NAE_ERA_R-1765_ENSV_Kirjanike_Liit_1945-1955, lk 22
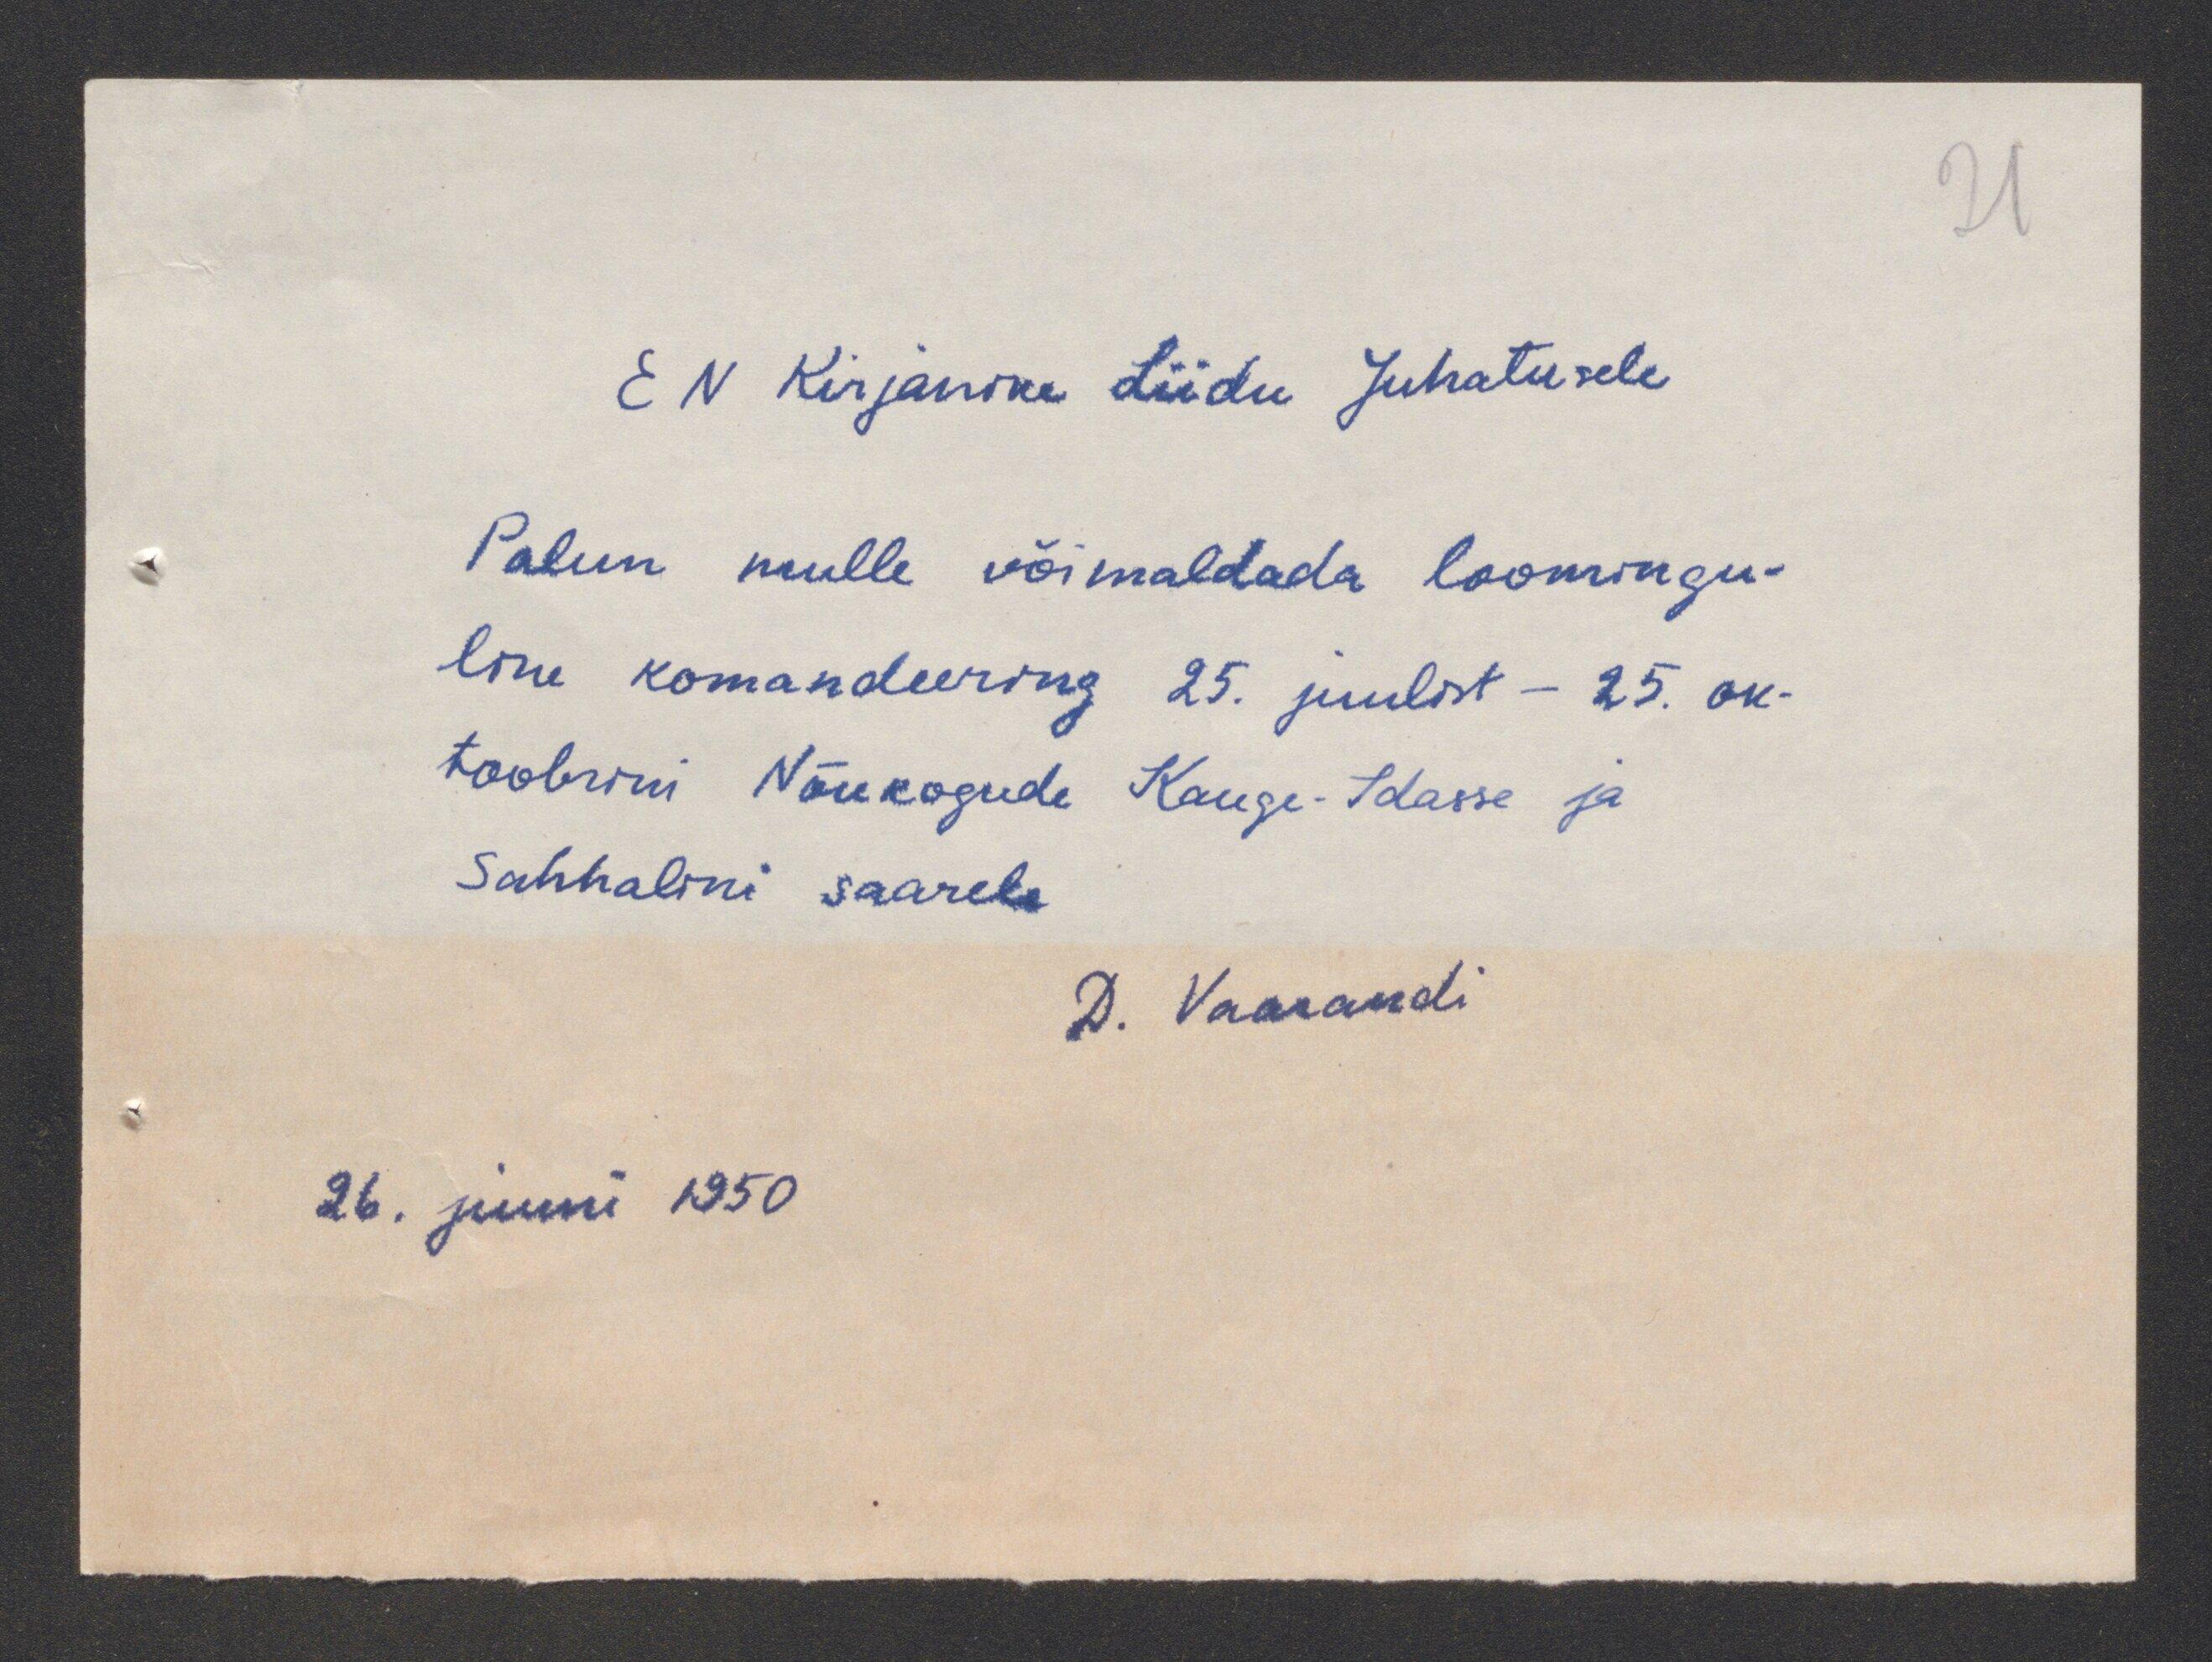
E N Kirjanike Liidu Juhatusele
Palun mulle võimaldada loomingu-
line komandeering 25 juulist - 25. ok-
toobrini Nõukogude Kauge-Idasse ja
Sahhalini saarele
D. Vaarandi
26. juuni 1950